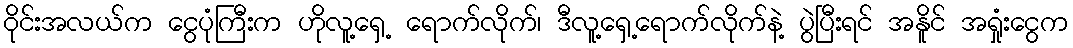
ဝိုင်းအလယ်က ငွေပုံကြီးက ဟိုလူ့ရှေ့ ရောက်လိုက်၊ ဒီလူ့ရှေ့ရောက်လိုက်နဲ့ ပွဲပြီးရင် အနိူင် အရှုံးငွေက